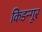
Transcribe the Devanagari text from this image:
किडन्गूर